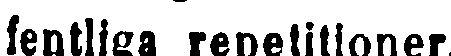
fentliga repetitioner.